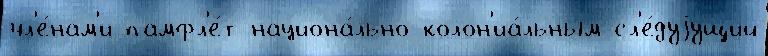
чл'е́нам'и памфл'е́т национа́льно-колон'иа́льным сл'е́дуjущий